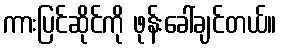
ကားပြင်ဆိုင်ကို ဖုန်းခေါ်ချင်တယ်။